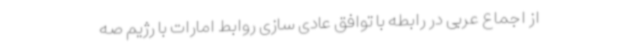
از اجماع عربی در رابطه با توافق عادی سازی روابط امارات با رژیم صه